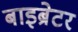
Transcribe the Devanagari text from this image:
बाइब्रेटर